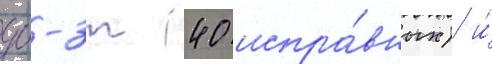
дб-3т (40 испра́вных) и́